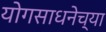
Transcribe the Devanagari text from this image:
योगसाधनेच्या